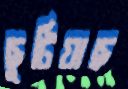
ছুটিয়াছ